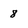
Character: 8